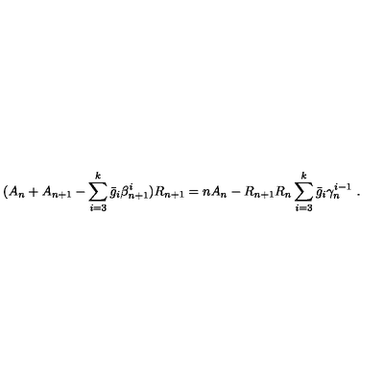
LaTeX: ( A _ { n } + A _ { n + 1 } - \sum _ { i = 3 } ^ { k } \bar { g } _ { i } \beta _ { n + 1 } ^ { i } ) R _ { n + 1 } = n A _ { n } - R _ { n + 1 } R _ { n } \sum _ { i = 3 } ^ { k } \bar { g } _ { i } \gamma _ { n } ^ { i - 1 } \ .